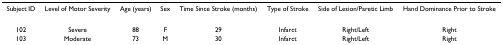
| Subject ID | Level of Motor Severity | Age (years) | Sex | Time Since Stroke (months) | Type of Stroke | Side of Lesion/Paretic Limb | Hand Dominance Prior to Stroke |
 | --- | --- | --- | --- | --- | --- | --- | --- |
 | 102 | Severe | 88 | F | 29 | Infarct | Right/Left | Right |
 | 103 | Moderate | 73 | M | 30 | Infarct | Right/Left | Right |